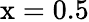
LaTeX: \mathrm{{x}=0.5}